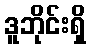
ဒူဘိုင်းရှိ